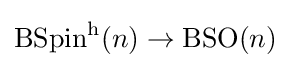
\operatorname {BSpin} ^{\mathrm {h} }(n)\rightarrow \operatorname {BSO} (n)